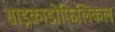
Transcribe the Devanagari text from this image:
साइक्राडोफ़िलिकल